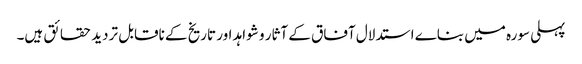
پہلی سورہ میں بناے استدلال آفاق کے آثار و شواہد اور تاریخ کے ناقابل تردید حقائق ہیں۔